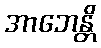
အာဘေန္တိ